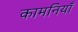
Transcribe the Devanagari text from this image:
कामनियाँ